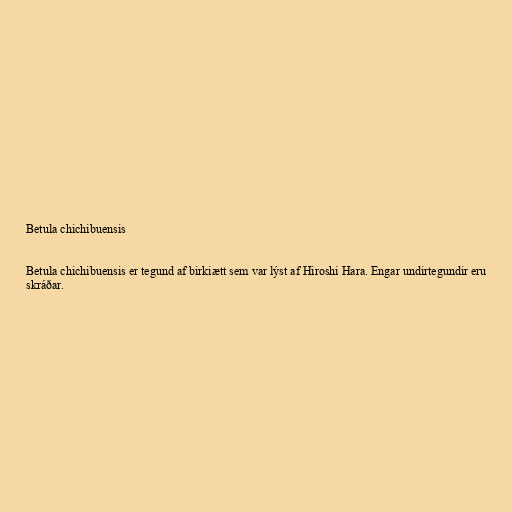
Betula chichibuensis

Betula chichibuensis er tegund af birkiætt sem var lýst af Hiroshi Hara. Engar undirtegundir eru
skráðar.